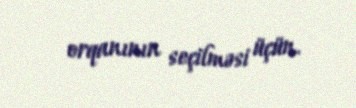
orqanının seçilməsi üçün.